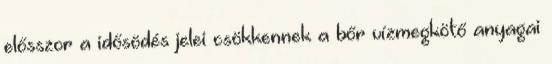
elősszor a idősödés jelei csökkennek a bőr vízmegkötő anyagai